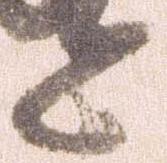
た